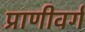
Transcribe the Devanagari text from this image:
प्राणीवर्ग